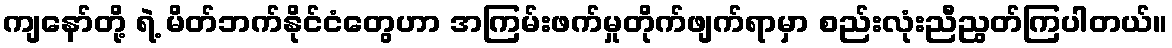
ကျနော်တို့ ရဲ့ မိတ်ဘက်နိုင်ငံတွေဟာ အကြမ်းဖက်မှုတိုက်ဖျက်ရာမှာ စည်းလုံးညီညွတ်ကြပါတယ်။